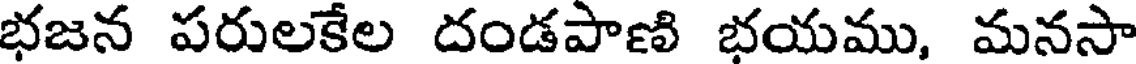
భజన పరులకేల దండపాణి భయము, మనసా